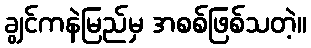
ချွင်ကနဲမြည်မှ အစစ်ဖြစ်သတဲ့။